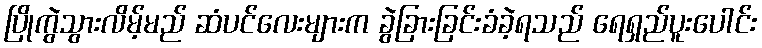
ပြိုကွဲသွားလိမ့်မည် ဆံပင်လေးများက ခွဲခြားခြင်းခံခဲ့ရသည် ရေရှည်ပူးပေါင်း